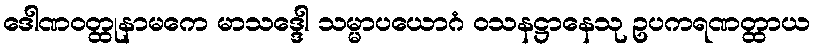
ဒေါဏဝတ္ထုနာမကေ မာသဒ္ဒေါ သမ္မာပယောဂံ ဝသနဋ္ဌာနေသု ဥပကရဏတ္ထာယ